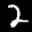
Label: 2